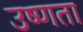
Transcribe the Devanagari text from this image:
उष्‍णता